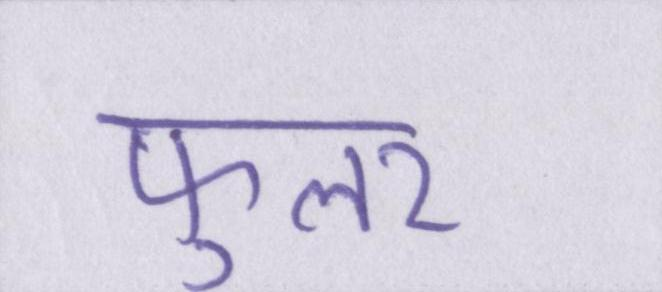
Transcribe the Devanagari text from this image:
फुलर